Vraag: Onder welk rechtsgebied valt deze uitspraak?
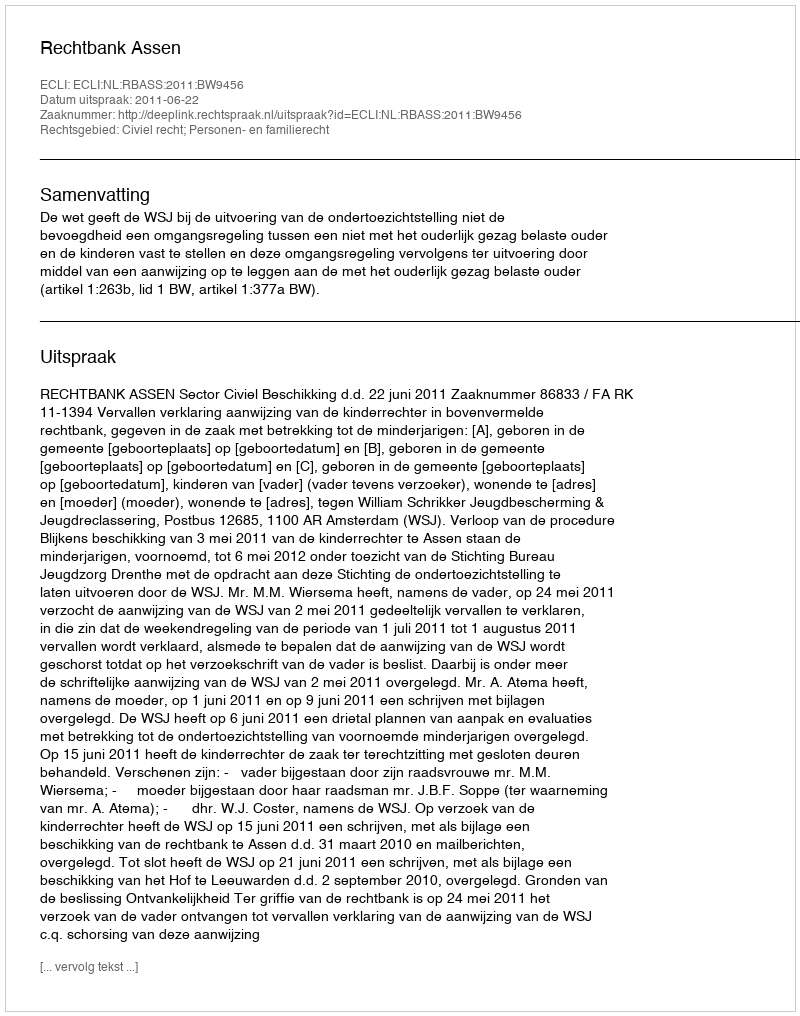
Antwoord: Civiel recht; Personen- en familierecht